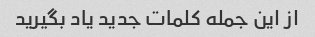
از این جمله کلمات جدید یاد بگیرید